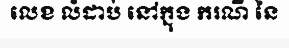
លេខ លំដាប់ នៅក្នុង ករណី នៃ